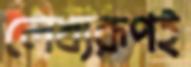
লেখ্যরূপই